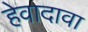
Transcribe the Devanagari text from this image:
हेवादावा